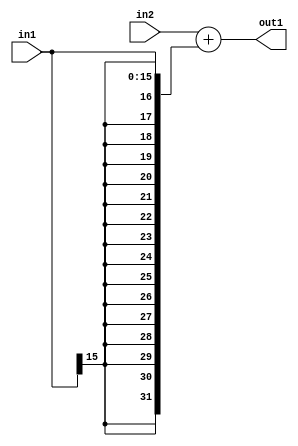
`timescale 1ps / 1ps
/*****************************************************************************
    Verilog RTL Description
    
    Generated at: 23:15:21 CST (+0800), Saturday 16 November 2019
    Generated on: ic58.cs.nthu.edu.tw
    Generated by: mc03 ()
    
    Created by: Stratus DpOpt 2017.1.02 
    Copyright (c) 2014-2015 Cadence Design Systems. All rights reserved worldwide.
    
    Cadence Design Systems proprietary and confidential
    ===================================================
    
    May contain information that incorporates Cadence Design Systems CellMath
    and other inventions claimed in Pending U.S. Patents.
    
    May contain Cadence Design Systems Trade Secrets of which use, disclosure or
    reproduction is contractually restricted or prohibited.  For more
    information, contact your legal department before any use, disclosure or
    reproduction.
*******************************************************************************/

module SobelFilter_Add_32Sx16S_32S_4 (
	in2,
	in1,
	out1
	); /* architecture "behavioural" */ 
input [31:0] in2;
input [15:0] in1;
output [31:0] out1;
wire [31:0] asc001;

assign asc001 = 
	+(in2)
	+({{16{in1[15]}}, in1});

assign out1 = asc001;
endmodule

/* CADENCE  ubPyQws= : u9/ySgnYtBlWxVDRUQkU4ug= ** DO NOT EDIT THIS LINE ******/